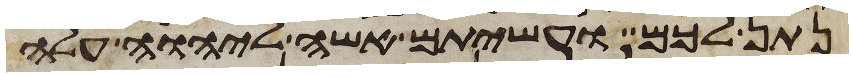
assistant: נתן לכם ועשיתם אשה ליהוה עלה